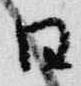
日